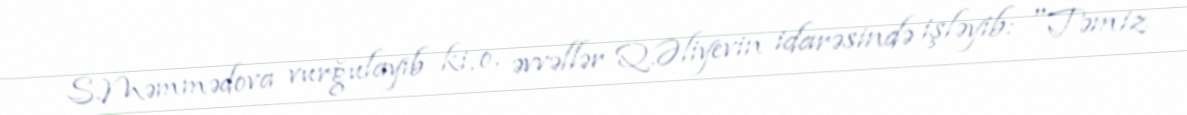
S.Məmmədova vurğulayıb ki, o, əvvəllər Q.Əliyevin idarəsində işləyib: "Təmiz